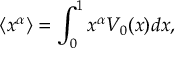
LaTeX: \left\langle x ^ { \alpha } \right\rangle = \int _ { 0 } ^ { 1 } x ^ { \alpha } V _ { 0 } ( x ) d x ,